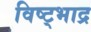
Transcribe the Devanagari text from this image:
विष्ट्भाद्र